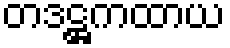
တဒဋ္ဌကထာယ